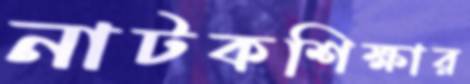
নাটকশিক্ষার